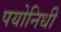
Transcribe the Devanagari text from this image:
पयोनिधी